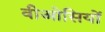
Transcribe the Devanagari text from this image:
वीओसियों